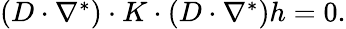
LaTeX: \begin{array}{r}{(D\cdot\nabla^{*})\cdot K\cdot(D\cdot\nabla^{*})h=0.}\end{array}